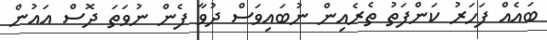
ބައެއް ފަހަރު ކަންފަތު ތެރެއިން ނުބައިވަސް ދުވާ ފެން ނުވަތަ ދޮސް އައުން